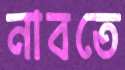
নাবতে